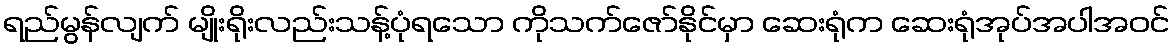
ရည်မွန်လျက် မျိုးရိုးလည်းသန့်ပုံရသော ကိုသက်ဇော်နိုင်မှာ ဆေးရုံက ဆေးရုံအုပ်အပါအဝင်